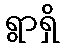
ရွာရှိ